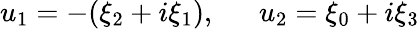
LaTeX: u_{1}=-(\xi_{2}+i\xi_{1}),~~~~~~u_{2}=\xi_{0}+i\xi_{3}